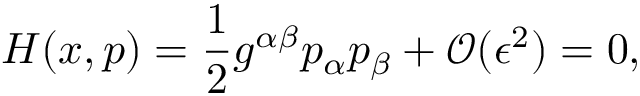
H ( x , p ) = \frac { 1 } { 2 } g ^ { \alpha \beta } p _ { \alpha } p _ { \beta } + \mathcal { O } ( \epsilon ^ { 2 } ) = 0 ,